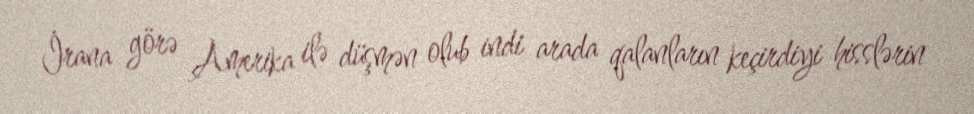
İrana görə Amerika ilə düşmən olub indi arada qalanların keçirdiyi hisslərin